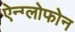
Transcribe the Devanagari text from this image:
ऐन्ग्लोफोन